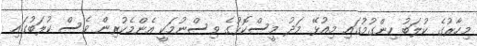
މިހާރުގެ ކުލަބު ހިންގުމުގައި މިއުޅޭ މަދު މީސްކޮޅުގެ ވިސްނުމަކީ އެންމެކުރިން ވެސް ކުލަބުގައި